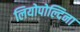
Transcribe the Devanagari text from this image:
लियोपोल्दिना